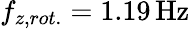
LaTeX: f_{z,rot.}=1.19\, \mathrm{Hz}